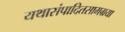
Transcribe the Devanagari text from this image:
यथासंपादितसामग्रया